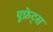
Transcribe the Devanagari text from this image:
यूफ्रेट्स